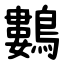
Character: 鷜